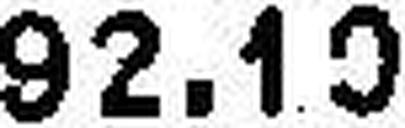
92.10